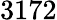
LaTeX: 3172